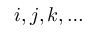
i , j , k , \dots